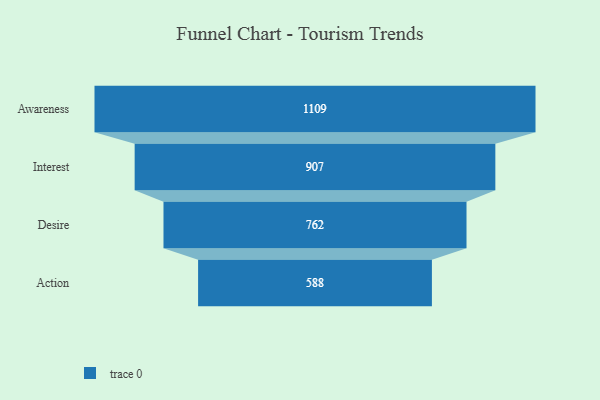
{"axis": {"x": "Stage", "y": "Value"}, "legend": [""], "data": [{"x": "Awareness", "y": 1109.0, "type": ""}, {"x": "Interest", "y": 907.0, "type": ""}, {"x": "Desire", "y": 762.0, "type": ""}, {"x": "Action", "y": 588.0, "type": ""}]}